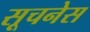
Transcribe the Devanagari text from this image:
सूचनेस